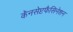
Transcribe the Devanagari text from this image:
कॅनसेप्टफैसिनेशन